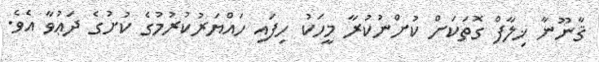
ޤާނޫނާ ޚިލާފް ގޮތަކަށް ކުށްނުކުރާ މީހަކު ހިފައި ހައްޔަރުކުރުމުގެ ކުށުގެ ދަޢުވާ އެވެ.